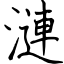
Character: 漣